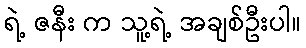
ရဲ့ ဇနီး က သူ့ရဲ့ အချစ်ဦးပါ။